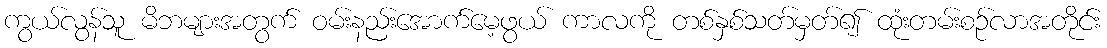
ကွယ်လွန်သူ မိဘများအတွက် ဝမ်းနည်းအောက်မေ့ဖွယ် ကာလကို တစ်နှစ်သတ်မှတ်၍ ထုံးတမ်းစဉ်လာအတိုင်း